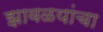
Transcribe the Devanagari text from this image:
झावळयांचा